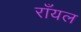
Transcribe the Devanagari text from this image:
राँयल